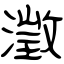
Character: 澂